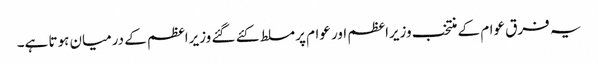
یہ فرق عوام کے منتخب وزیراعظم اور عوام پر مسلط کئے گئے وزیراعظم کے درمیان ہوتا ہے۔